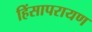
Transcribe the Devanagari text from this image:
हिंसापरायण